Annual report on the Civil Veterinary Department, Burma (including the Insein Veterinary School) - 1932-1941
Year: 1932
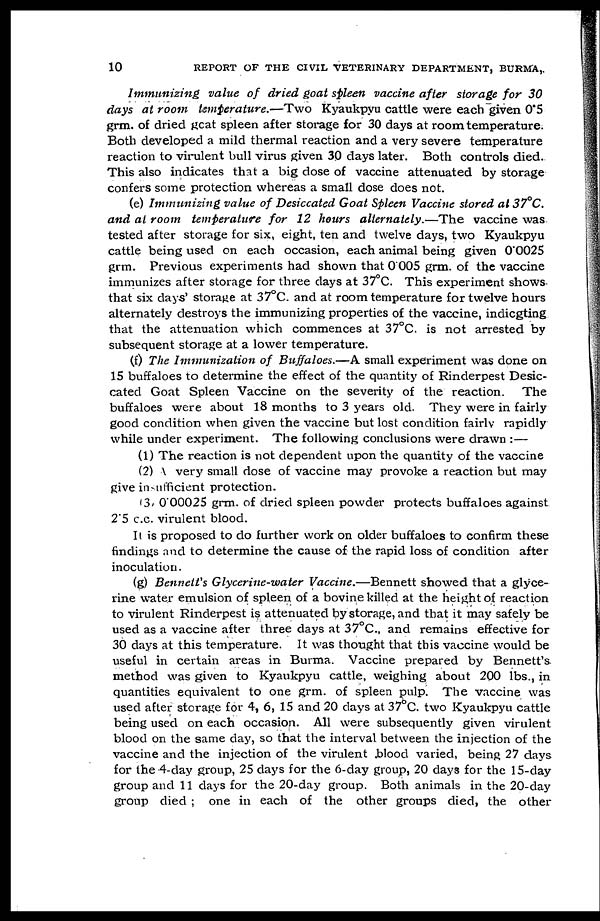
10
REPORT OF THE CIVIL VETERINARY DEPARTMENT, BURMA,
Immunizing value of dried goat spleen vaccine after storage for 30
days at room temperature.—Two Kyaukpyu cattle were each given 0.5
grm. of dried goat spleen after storage for 30 days at room temperature.
Both developed a mild thermal reaction and a very severe temperature
reaction to virulent bull virus given 30 days later. Both controls died.
This also indicates that a big dose of vaccine attenuated by storage
confers some protection whereas a small dose does not.
(e) Immunizing value of Desiccated Goat Spleen Vaccine stored at 37°C.
and at room temperature for 12 hours alternately.—The vaccine was
tested after storage for six, eight, ten and twelve days, two Kyaukpyu
cattle being used on each occasion, each animal being given 0'0025
grm. Previous experiments had shown that 0.005 grm. of the vaccine
immunizes after storage for three days at 37°C. This experiment shows
that six days' storage at 37°C. and at room temperature for twelve hours
alternately destroys the immunizing properties of the vaccine, indicgting
that the attenuation which commences at 37°C. is not arrested by
subsequent storage at a lower temperature.
(f) The Immunization of Buffaloes.—A small experiment was done on
15 buffaloes to determine the effect of the quantity of Rinderpest Desic-
cated Goat Spleen Vaccine on the severity of the reaction. The
buffaloes were about 18 months to 3 years old. They were in fairly
good condition when given the vaccine but lost condition fairly rapidly
while under experiment. The following conclusions were drawn :—
(1) The reaction is not dependent upon the quantity of the vaccine
(2)
very small dose of vaccine may provoke a reaction but may
give insufficient protection.
13, 0.00025 grm. of dried spleen powder protects buffaloes against
2.5 c.c. virulent blood.
It is proposed to do further work on older buffaloes to confirm these
findings and to determine the cause of the rapid loss of condition after
inoculation.
(g) Bennett's Glycerine-water Vaccine.—Bennett showed that a glyce-
rine water emulsion of spleen of a bovine killed at the height of reaction
to virulent Rinderpest is attenuated by storage, and that it may safely be
used as a vaccine after three days at 37°C., and remains effective for
30 days at this temperature. It was thought that this vaccine would be
useful in certain areas in Burma. Vaccine prepared by Bennett's
method was given to Kyaukpyu cattle, weighing about 200 lbs., in
quantities equivalent to one grm. of spleen pulp. The vaccine was
used after storage for 4, 6, 15 and 20 days at 37°C. two Kyaukpyu cattle
being used on each occasion. All were subsequently given virulent
blood on the same day, so that the interval between the injection of the
vaccine and the injection of the virulent blood varied, being 27 days
for the 4-day group, 25 days for the 6-day group, 20 days for the 15-day
group and 11 days for the 20-day group. Both animals in the 20-day
group died ; one in each of the other groups died, the other